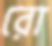
রো